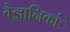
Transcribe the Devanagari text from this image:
वैज्ञानिकांे